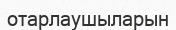
отарлаушыларын